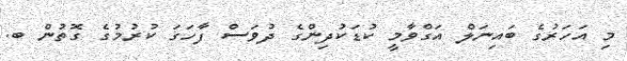
މި އަހަރުގެ ބައިނަލް އަގްވާމީ ކުޑަކުދިންގެ ދުވަސް ފާހަގަ ކުރުމުގެ ގޮތުން ބ.